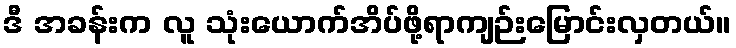
ဒီ အခန်းက လူ သုံးယောက်အိပ်ဖို့ရာကျဉ်းမြောင်းလှတယ်။